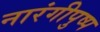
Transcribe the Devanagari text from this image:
नारंगीपुष्प